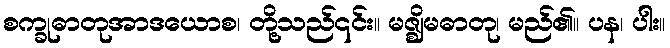
စက္ခုဓာတုအာဒယောစ၊ တို့သည်၎င်း။ မဇ္ဈိမဓာတု၊ မည်၏။ ပန၊ ပါး။